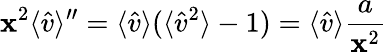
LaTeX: \mathbf{x}^{2}\langle{\hat{{v}}}\rangle^{\prime\prime}=\langle{\hat{{v}}}\rangle(\langle{\hat{{v}}}^{2}\rangle-1)=\langle{\hat{{v}}}\rangle{\frac{{a}}{{\mathbf{x}^{2}}}}